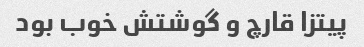
پیتزا قارچ و گوشتش خوب بود